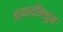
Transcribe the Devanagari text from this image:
इत्यादींमधून